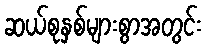
ဆယ်စုနှစ်များစွာအတွင်း